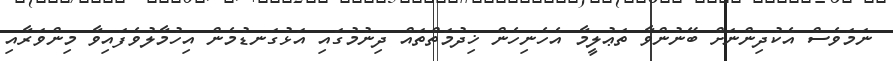
ނަމަވެސް އެކުދިންނަށް ބޭނުންވާ ތަޢުލީމާ އެހެނިހެން ޚިދުމަތްތައް ދިނުމުގައި އަޅުގަނޑުމެން އިހުމާލުވެފައިވާ މިންވަރާއި